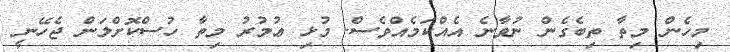
މިހެން މިތާ ތިބެގެން ނުވާނެ އެއްކަމެއްވެސް. މުޅި ޢުމުރު މިތާ ހުސްކޮށްލަން ޖެހޭނީ